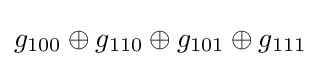
g_{100}\oplus g_{110}\oplus g_{101}\oplus g_{111}